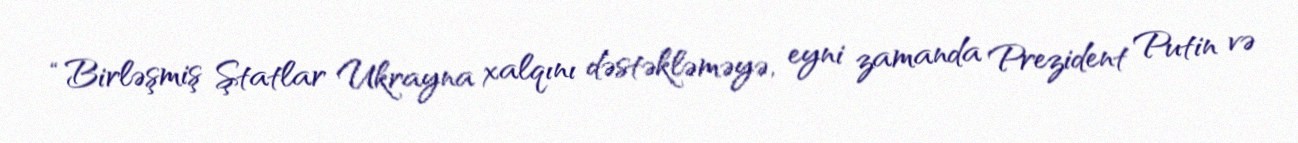
“Birləşmiş Ştatlar Ukrayna xalqını dəstəkləməyə, eyni zamanda Prezident Putin və